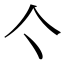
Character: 亽